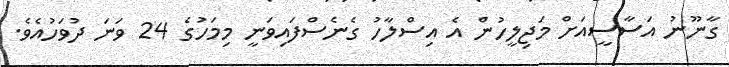
ގާނޫނު އަސާސީއަށް މަޖިލީހުން އެ އިސްލާހު ގެނެސްފައިވަނީ މިމަހުގެ 24 ވަނަ ދުވަހުއެވެ.